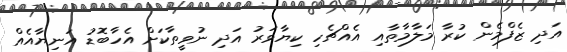
އަދި ޒެފްމެން ކުރާ މަލާމާތާއި އެއްޗެހި ކިޔާވަރު އަދި ނުވީތާކަށް އެހާބޮޑު އަނިޔާއެއް